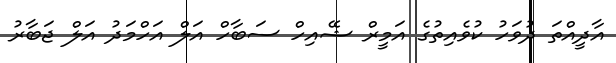
އާދީއްތަ ދުވަހު ކުވެއިތުގެ އަމީރް ޝޭއިހް ސަބާހް އަލް އަހްމަދު އަލް ޖަބާރު